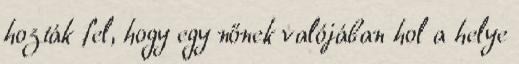
hozták fel, hogy egy nőnek valójában hol a helye